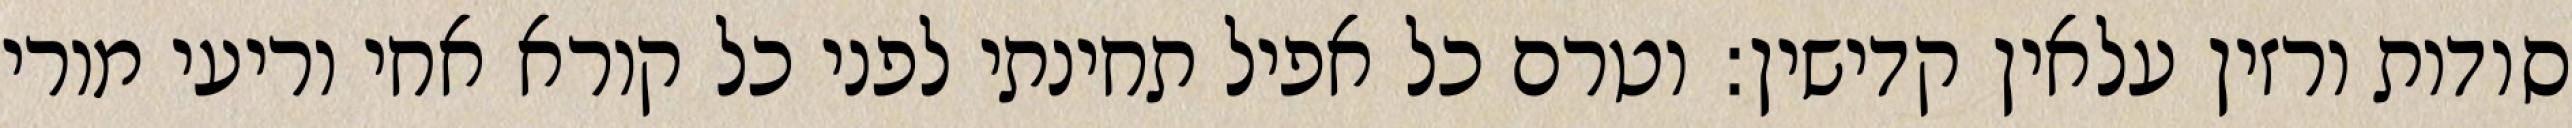
סודות ורזין עלאין קדישין: וטרם כל אפיל תחינתי לפני כל קורא אחי וריעי מורי